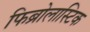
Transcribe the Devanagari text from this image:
फिब्रोलास्टिक